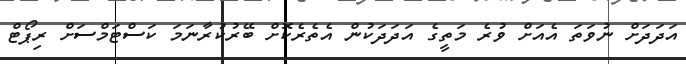
އަދަދަށް ނުވަތަ އެއަށް ވުރެ މަތީގެ އަދަދަކުން އެތެރެކޮށް ބޭރުކުރާނަމަ ކަސްޓަމްސަށް ރިޕޯޓް